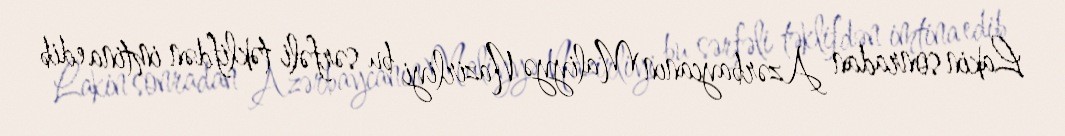
Lakin sonradan Azərbaycanın Maliyyə Nazirliyi bu sərfəli təklifdən imtina edib